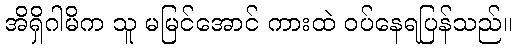
အိရှိဂါမိက သူ မမြင်အောင် ကားထဲ ဝပ်နေရပြန်သည်။